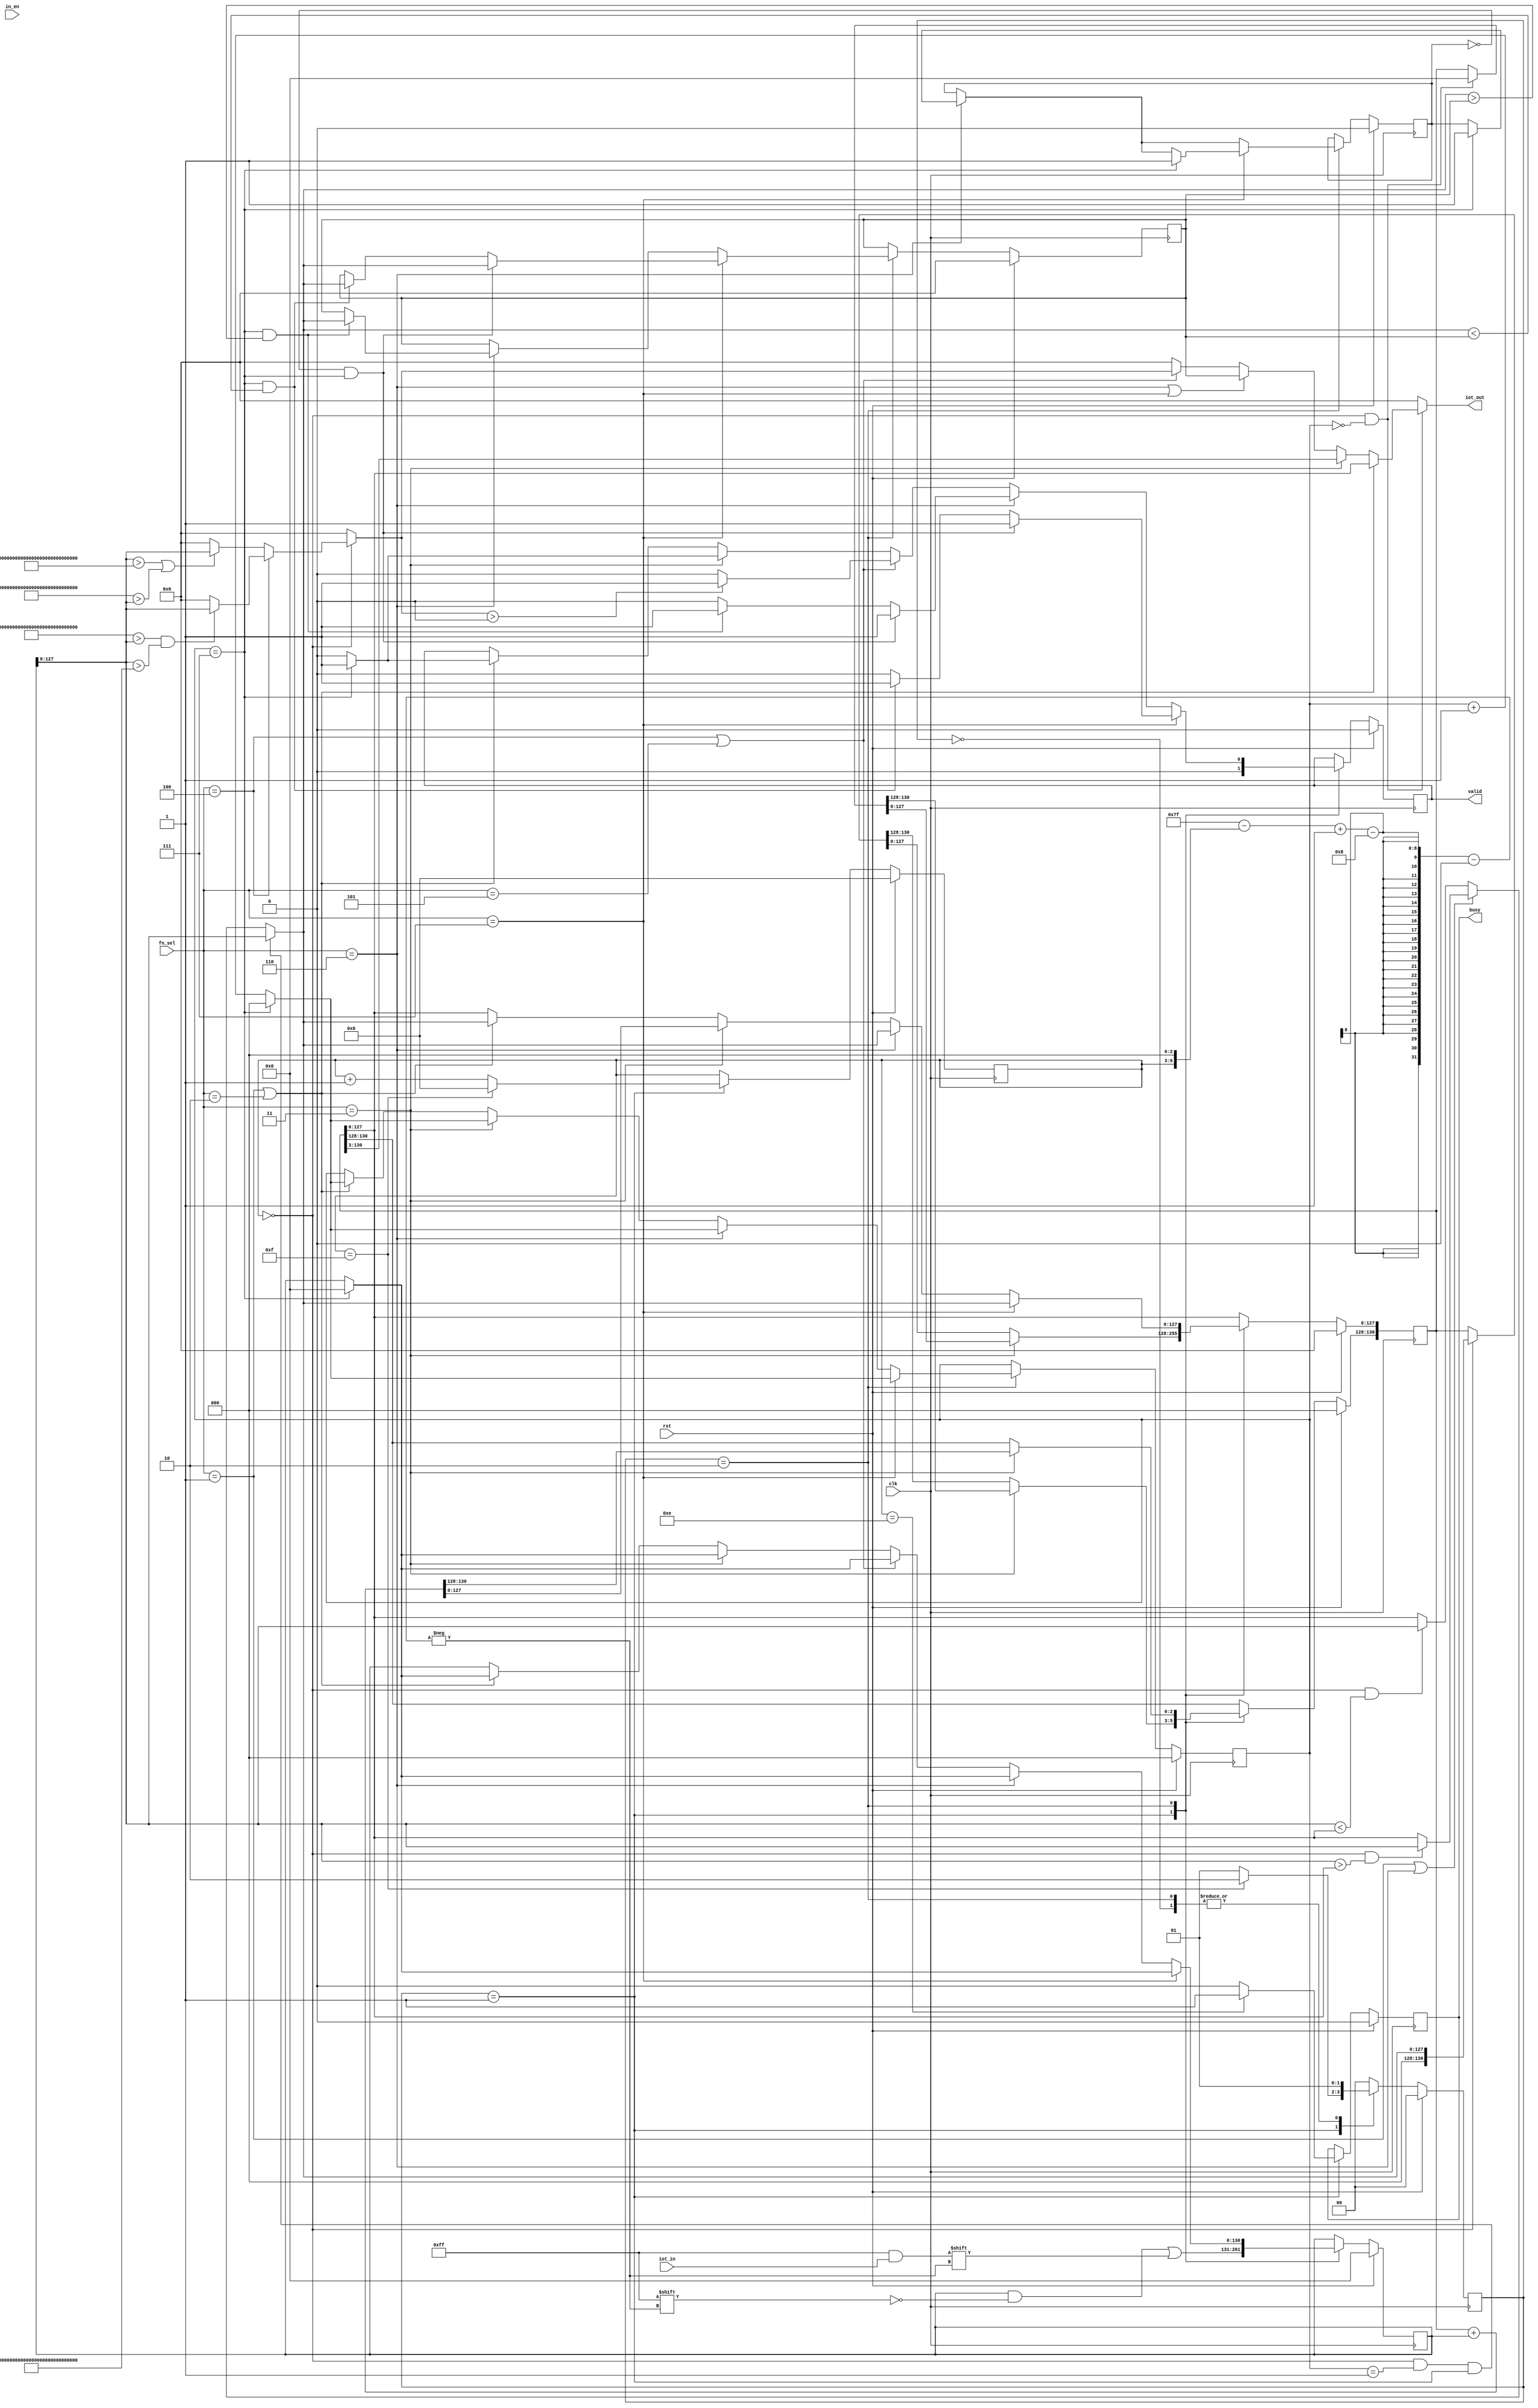
`timescale 1ns/10ps
module IOTDF( clk, rst, in_en, iot_in, fn_sel, busy, valid, iot_out);

input          clk;
input          rst;
input          in_en;
input  [7:0]   iot_in;
input  [2:0]   fn_sel;
output         busy;
output         valid;
output [127:0] iot_out;

//parameter
parameter IDLE = 2'b00;
parameter FET = 2'b01;
parameter WB = 2'b10;

parameter iot_in_WIDTH = 8;
parameter LOW_EXT = 128'h6FFF_FFFF_FFFF_FFFF_FFFF_FFFF_FFFF_FFFF;
parameter HIGH_EXT = 128'hAFFF_FFFF_FFFF_FFFF_FFFF_FFFF_FFFF_FFFF;
parameter LOW_EXC = 128'h7FFF_FFFF_FFFF_FFFF_FFFF_FFFF_FFFF_FFFF;
parameter HIGH_EXC = 128'hBFFF_FFFF_FFFF_FFFF_FFFF_FFFF_FFFF_FFFF;


//reg & wire
reg [ 1 : 0 ] state, state_n;
reg busy_r, valid_r;
reg [ 130 : 0 ] iot_out_r;
reg [ 3 : 0 ] cnt;
reg [ 2 : 0 ] p_cnt;
wire [ 6 : 0 ] digit_start;
//wire [ 6 : 0 ] digit_end;
reg [ 130 : 0 ] tmp;

//F1 F2
wire [127:0] max_min_data;
//F3
wire [130:0] avg_data;
//F4 F5
wire [127:0] ext_exc_data;
//F6 F7
reg peak_standard_stored;
reg [127:0] peak_data;


//output assignment
assign busy = busy_r;
assign valid = valid_r;
assign iot_out = (cnt==0 && p_cnt==0) ? ((fn_sel==1 || fn_sel==2) ? iot_out_r : ((fn_sel==3) ? avg_data[127:0] : 
((fn_sel==6 || fn_sel==7) ? peak_data : ((fn_sel==4 || fn_sel==5) ? ext_exc_data : 0)))) : 0;
assign digit_start = 127 - (cnt<<3);
//assign digit_end = 120 - (cnt<<3);
//assign digit_end = digit_start - 7;

//F1 F2 assignment
assign max_min_data = (cnt==0 && p_cnt==1 && state==FET) ? tmp[127:0] :
(((fn_sel==1 || fn_sel==6) ? ((cnt==0 && tmp[127:0]>iot_out_r[127:0]) ? tmp[127:0] : iot_out_r[127:0] ) : 
((cnt==0 && tmp[127:0]<iot_out_r[127:0]) ? tmp[127:0] : iot_out_r[127:0] )));

//F3 assignment
assign avg_data = (p_cnt==0 && cnt==0) ? iot_out_r>>3 : 0;

//F4 F5 assignment
assign ext_exc_data = (cnt==0) ? ((fn_sel==3'd4) ? ((HIGH_EXT>tmp[127:0] && tmp[127:0]>LOW_EXT) ? tmp[127:0] : 0 ) : 
((tmp[127:0]>HIGH_EXC || LOW_EXC>tmp[127:0]) ? tmp[127:0] : 0 ) ) : 0;


//FSM
always@(*)begin
    case(state)
        IDLE: state_n = FET;
        FET: state_n = ( cnt==4'd15 ) ? WB : FET;
        WB: state_n = FET;
        default: state_n = IDLE;
    endcase
end

//Sequential
always@(posedge clk)begin
    if(rst)begin
        busy_r <= 0;
        valid_r <= 0;
        iot_out_r <= 0;
        state <= IDLE;
        tmp <= 0;
        cnt <= 0;
        p_cnt <= 0;
        peak_standard_stored <= 0;
        peak_data <= 0;
    end
    else begin
        state <= state_n;
        case (state)
           FET:begin
               tmp[digit_start -: iot_in_WIDTH] <= iot_in;
               cnt <= (cnt==4'd15) ? 0 : cnt + 1'b1;
               busy_r <= (cnt==4'd14) ? 1'b1 : 1'b0;
               valid_r <= 0;
               
               if(fn_sel==3'b011)
               iot_out_r <= (cnt==0 && p_cnt==0)? 0 : iot_out_r;
               else
               iot_out_r <= (cnt==0) ? max_min_data : iot_out_r;
           end 
           WB:begin
               if(fn_sel==3'b001||fn_sel==3'b010)begin
                   iot_out_r[127:0] <= max_min_data;
                   p_cnt <= (p_cnt==3'd7) ? 0 : p_cnt + 1'b1;
                   valid_r <= p_cnt==3'd7 ? 1'b1 : 1'b0;
                   tmp <= (p_cnt==3'd7) ? 0 : tmp;
               end
               if(fn_sel==3'b011)begin
                   iot_out_r <= iot_out_r + tmp;
                   p_cnt <= (p_cnt==3'd7) ? 0 : p_cnt + 1'b1;
                   valid_r <= p_cnt==3'd7 ? 1'b1 : 1'b0;
                   tmp <= (p_cnt==3'd7) ? 0 : tmp;
               end
               if(fn_sel==3'b100||fn_sel==3'b101)begin
                   valid_r <= ext_exc_data>0 ? 1'b1 : 1'b0;
                   tmp <= p_cnt==3'd7 ? 0 : tmp;
               end
               if(fn_sel==3'b110)begin
                   iot_out_r[127:0] <= max_min_data;
                   p_cnt <= (p_cnt==3'd7) ? 0 : p_cnt + 1'b1;
                   if(peak_standard_stored==0 && p_cnt==3'd7)
                   valid_r <= 1'b1;
                   else
                   valid_r <= (p_cnt==7 && max_min_data>peak_data) ? 1'b1 : 1'b0;

                   peak_data <= (p_cnt==7 && max_min_data>peak_data) ? max_min_data : peak_data;
                   tmp <= (p_cnt==3'd7) ? 0 : tmp;
                   if(p_cnt==3'd7)
                   peak_standard_stored <= 1'b1;
               end
               if(fn_sel==3'b111)begin
                   iot_out_r[127:0] <= max_min_data;
                   p_cnt <= (p_cnt==3'd7) ? 0 : p_cnt + 1'b1;
                   if(peak_standard_stored==0 && p_cnt==3'd7)
                       valid_r <= 1'b1;
                   else
                   valid_r <= (p_cnt==7 && max_min_data<peak_data) ? 1'b1 : 1'b0;
                   
                   peak_data <= (p_cnt==3'd7 && peak_standard_stored==0) ? max_min_data : 
                   ((p_cnt==7 && max_min_data<peak_data) ? max_min_data : peak_data);
                   tmp <= (p_cnt==3'd7) ? 0 : tmp;
                   if(p_cnt==3'd7)
                   peak_standard_stored <= 1'b1;
               end
           end
        endcase
    end
end
endmodule